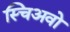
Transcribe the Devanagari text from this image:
स्चिअवो